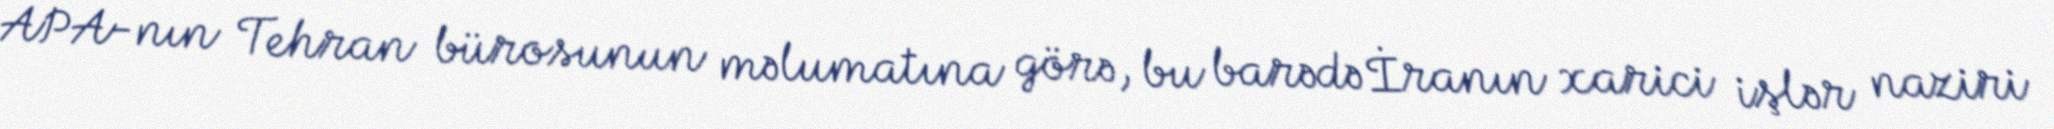
APA-nın Tehran bürosunun məlumatına görə, bu barədə İranın xarici işlər naziri